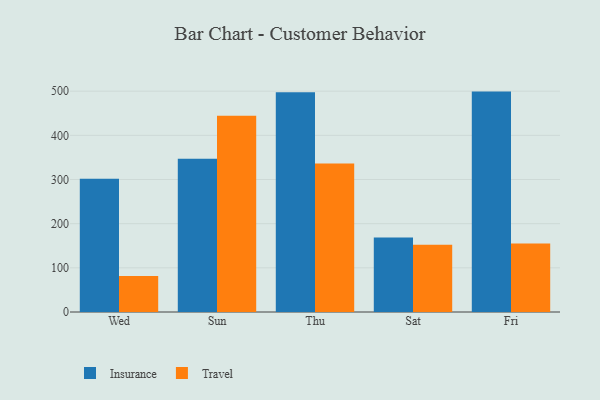
{"axis": {"x": "Day", "y": "Churn Rate (%)"}, "legend": ["Insurance", "Travel"], "data": [{"x": "Wed", "y": 301.5, "type": "Insurance"}, {"x": "Wed", "y": 81.6, "type": "Travel"}, {"x": "Sun", "y": 346.8, "type": "Insurance"}, {"x": "Sun", "y": 444.6, "type": "Travel"}, {"x": "Thu", "y": 497.4, "type": "Insurance"}, {"x": "Thu", "y": 336.0, "type": "Travel"}, {"x": "Sat", "y": 168.9, "type": "Insurance"}, {"x": "Sat", "y": 152.1, "type": "Travel"}, {"x": "Fri", "y": 499.0, "type": "Insurance"}, {"x": "Fri", "y": 155.3, "type": "Travel"}]}